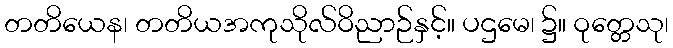
တတိယေန၊ တတိယအကုသိုလ်ဝိညာဉ်နှင့်။ ပဌမေ၊ ၌။ ဝုတ္တေသု၊